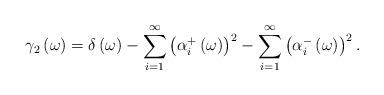
LaTeX: \begin{align*}\gamma_2\left(\omega\right)=\delta\left(\omega\right)-\sum_{i=1}^{\infty}\left(\alpha_i^+\left(\omega\right)\right)^2-\sum_{i=1}^{\infty}\left(\alpha_i^-\left(\omega\right)\right)^2.\end{align*}